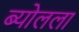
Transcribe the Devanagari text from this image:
ब्योलला